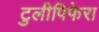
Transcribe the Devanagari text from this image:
टुलीपिफेरा